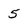
Character: 5